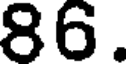
86.